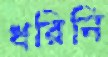
ধরিনি